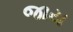
જાય